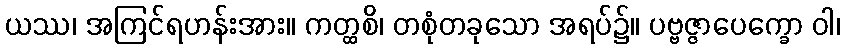
ယဿ၊ အကြင်ရဟန်းအား။ ကတ္ထစိ၊ တစုံတခုသော အရပ်၌။ ပဗ္ဗဇ္ဇာပေက္ခော ဝါ၊